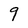
Character: 9